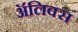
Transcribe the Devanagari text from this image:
ॲलिक्स